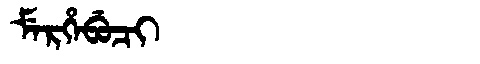
Manchu: ᠮᡝᡵᡥᡝᠪᡠᠴᡳ
Romanization: MERHEBUCI